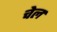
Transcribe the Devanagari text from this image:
चेल